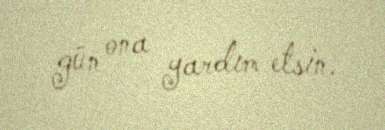
gün ona yardım etsin.